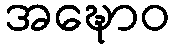
အဍ္ဎောဝ